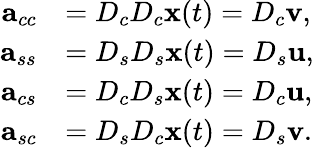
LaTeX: \begin{array}{rl}{\mathbf{a}_{cc}}&{=D_{c}D_{c}\mathbf{x}(t)=D_{c}{\mathbf v},}\\ {\mathbf{a}_{ss}}&{=D_{s}D_{s}\mathbf{x}(t)=D_{s}{\mathbf u},}\\ {\mathbf{a}_{cs}}&{=D_{c}D_{s}\mathbf{x}(t)=D_{c}{\mathbf u},}\\ {\mathbf{a}_{sc}}&{=D_{s}D_{c}\mathbf{x}(t)=D_{s}{\mathbf v}.}\end{array}